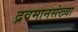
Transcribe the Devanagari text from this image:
द्रवमानसंख्या